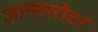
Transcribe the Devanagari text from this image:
ज्ञानसरोवर